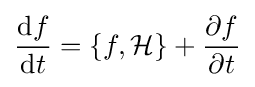
{\frac {\mathrm {d} f}{\mathrm {d} t}}=\{f,{\mathcal {H}}\}+{\frac {\partial f}{\partial t}}